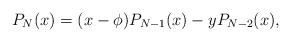
LaTeX: \begin{align*}P_N(x) = (x-\phi) P_{N-1}(x) - y P_{N-2}(x), \end{align*}